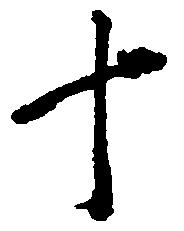
十